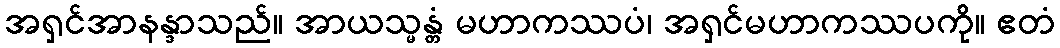
အရှင်အာနန္ဒာသည်။ အာယသ္မန္တံ မဟာကဿပံ၊ အရှင်မဟာကဿပကို။ ဧတံ